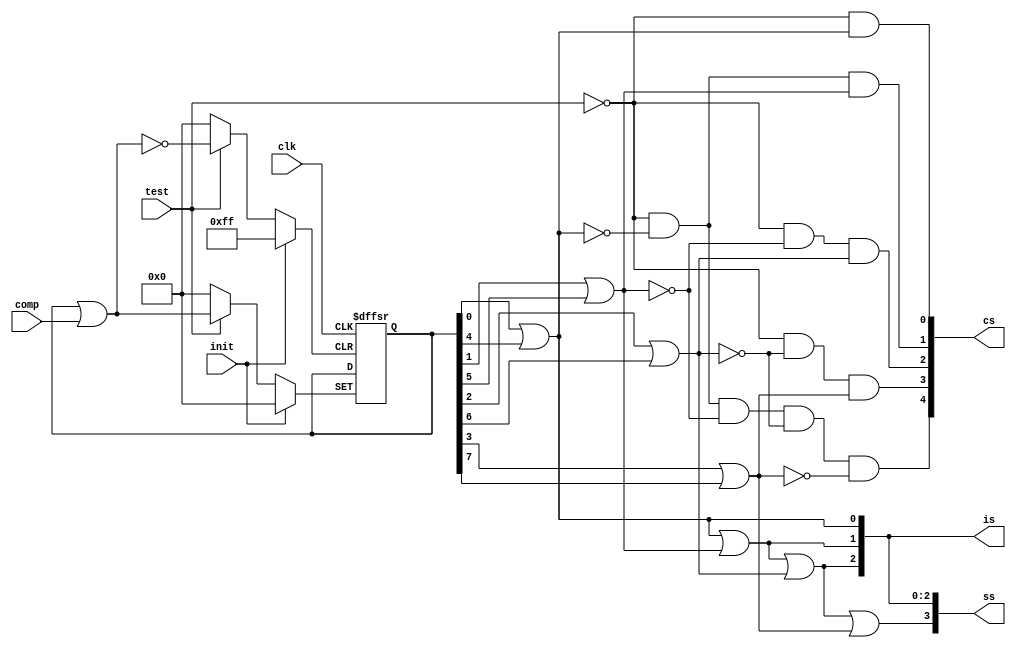
`timescale 1ns / 1ps

module mul_sel_gen(clk, init, test, comp, is, cs, ss);
input clk, init, test;
input [7:0]comp;
output [2:0]is;
output [4:0] cs;
output [3:0] ss;
reg [7:0]reg_out;
always @(posedge clk, posedge init, posedge test) 
    if (init)
        reg_out <= 0;
    else if(test)
        reg_out <= reg_out | comp;
        
assign fault0 = reg_out[0] | reg_out[4],
    fault1 = reg_out[1] | reg_out[5],
    fault2 = reg_out[2] | reg_out[6],
    fault3 = reg_out[3] | reg_out[7],
    
    is[0] = fault0,
    is[1] = is[0] | fault1,
    is[2] = is[1] | fault2,
    
    cs[0] = ~test & fault0,
    cs[1] = ~test & ~fault0 & fault1,
    cs[2] = ~test & ~fault1 & fault2,
    cs[3] = ~test & ~fault2 & fault3,
    cs[4] = ~test & (~fault0) & (~fault1) &(~fault2) &(~fault3),
    
    ss[0] = is[0],
    ss[1] = is[1],
    ss[2] = is[2],
    ss[3] = is[2] | fault3;
    
endmodule